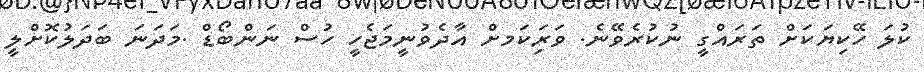
ކުލަ ހޭކިޔަކަށް ތަރައްގީ ނުކުރެވޭނެ. ވަރިަކަމށް އާދެވުނީމަޖެހީ ހުސް ނަންބޯޑް .މަދަނަ ބަދަލުކޮށްލީ